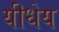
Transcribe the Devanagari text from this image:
यीधेय